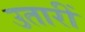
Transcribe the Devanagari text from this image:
उतारीं